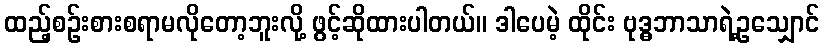
ထည့်စဉ်းစားစရာမလိုတော့ဘူးလို့ ဖွင့်ဆိုထားပါတယ်။ ဒါပေမဲ့ ထိုင်း ဗုဒ္ဓဘာသာရဲ့ဥသျှောင်